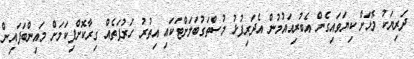
ދަރިޔަކު މޮޅަށް ކިޔަވައިގެން އެބުރިއައުމުން އެދަރިފުޅު މުސްތަގުބަލަށްޓަކައި އިތުރު ހަރުފަތެއް ގިރާކޮށްފިކަމަށް މައިންބަފައިން